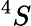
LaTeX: ^{4}S